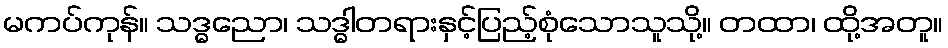
မကပ်ကုန်။ သဒ္ဓညော၊ သဒ္ဓါတရားနှင့်ပြည့်စုံသောသူသို့။ တထာ၊ ထို့အတူ။